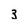
Character: 3